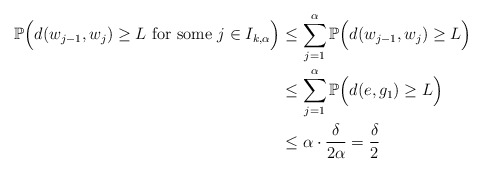
\begin{align*}\mathbb{P}\Big(d(w_{j-1}, w_{j}) \geq L \textup{ for some }j \in I_{k, \alpha} \Big) & \leq \sum_{j = 1}^\alpha \mathbb{P}\Big(d(w_{j-1}, w_{j}) \geq L \Big) \\& \leq \sum_{j = 1}^\alpha \mathbb{P}\Big(d(e, g_{1}) \geq L\Big) \\& \leq \alpha \cdot \frac{\delta}{2 \alpha} = \frac{\delta}{2}\end{align*}